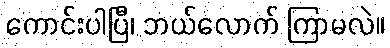
ကောင်းပါပြီ၊ ဘယ်လောက် ကြာမလဲ။